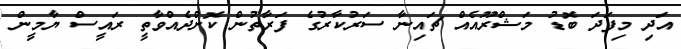
އަދި މިފަދަ ބޮޑު މަޝްރޫއެއް ޗައިނާ ސަރުކާރުގެ ފަރާތުން ކޮށްދެއްވާތީ ރައީސް ޔާމީން